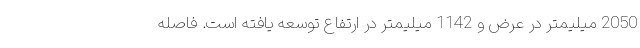
2050 میلیمتر در عرض و 1142 میلیمتر در ارتفاع توسعه یافته است. فاصله